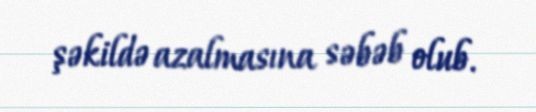
şəkildə azalmasına səbəb olub.